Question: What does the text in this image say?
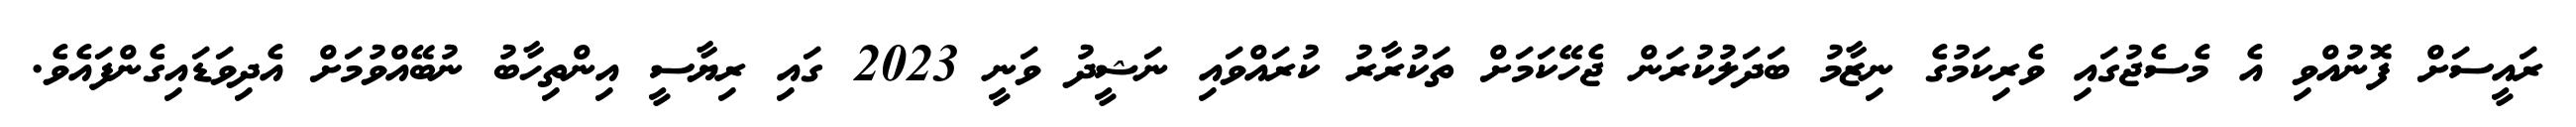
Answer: ރައީސަށް ފޮނުއްވި އެ މެސެޖުގައި ވެރިކަމުގެ ނިޒާމު ބަދަލުކުރަން ޖެހޭކަމަށް ތަކުރާރު ކުރައްވައި ނަޝީދު ވަނީ 2023 ގައި ރިޔާސީ އިންތިހާބު ނުބޭއްވުމަށް އެދިވަޑައިގެންފައެވެ.